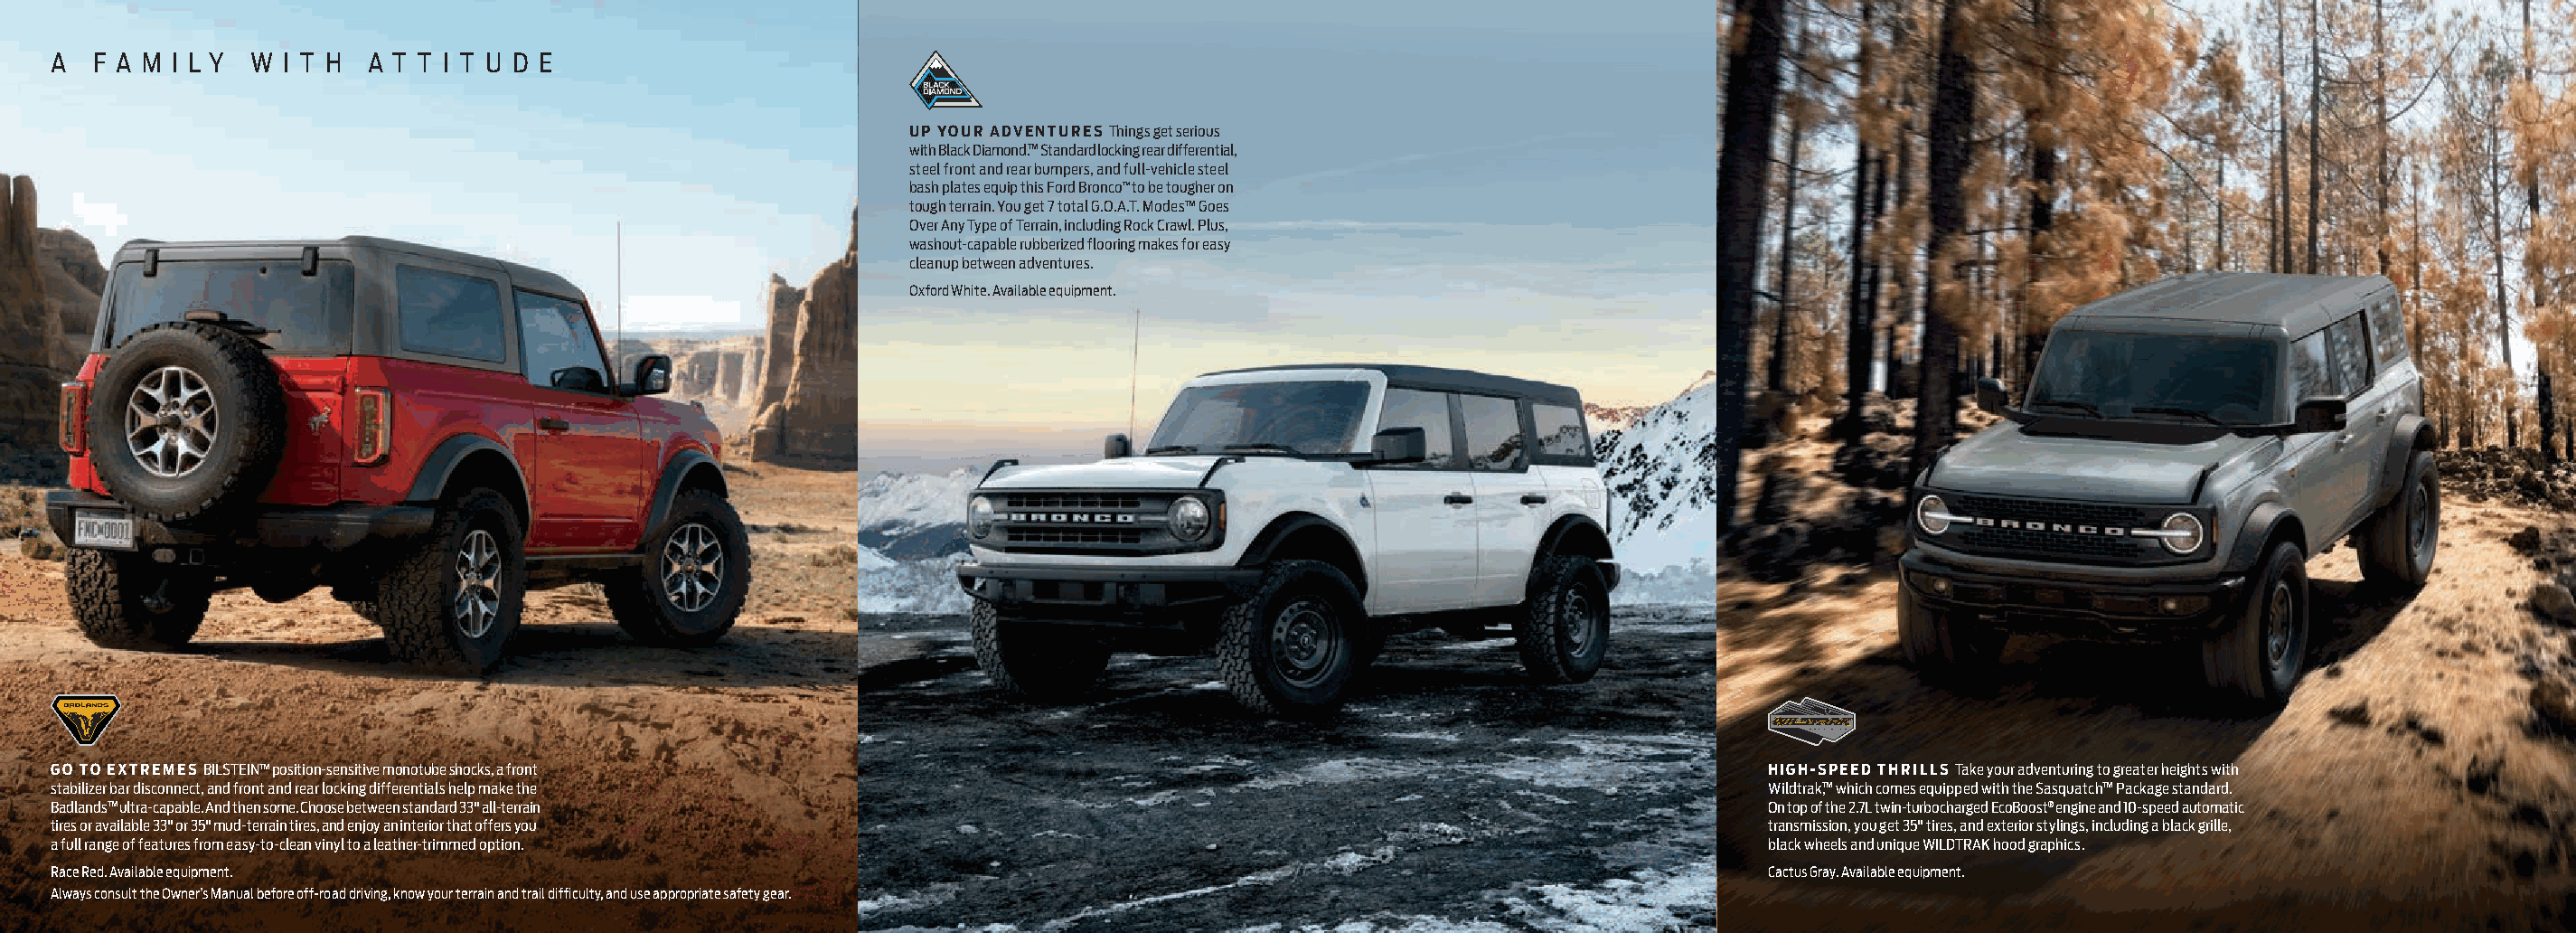
A  F A M I L Y W I T H A T T I T U D E
 UP YOUR ADVENTURES Things get serious
 with Black Diamond.™ Standard locking rear differential,
 steel front and rear bumpers, and full-vehicle steel
 bash plates equip this Ford Bronco™ to be tougher on
 tough terrain. You get 7 total G.O.A.T. Modes™ Goes
 Over Any Type of Terrain, including Rock Crawl. Plus,
 washout-capable rubberized flooring makes for easy
 cleanup between adventures.
 Oxford White. Available equipment.
 GO TO EXTREMES BILSTEIN™ position-sensitive monotube shocks, a front                                                          HIGH-SPEED THRILLS Take your adventuring to greater heights with
 stabilizer bar disconnect, and front and rear locking differentials help make the                                             Wildtrak™, which comes equipped with the Sasquatch™ Package standard.
 Badlands™ ultra-capable. And then some. Choose between standard 33" all-terrain                                               On top of the 2.7L twin-turbocharged EcoBoost® engine and 10-speed automatic
 tires or available 33" or 35" mud-terrain tires, and enjoy an interior that offers you                                        transmission, you get 35" tires, and exterior stylings, including a black grille,
 a full range of features from easy-to-clean vinyl to a leather-trimmed option.                                                black wheels and unique WILDTRAK hood graphics.
 Race Red. Available equipment.                                                                                                Cactus Gray. Available equipment.
 Always consult the Owner’s Manual before off-road driving, know your terrain and trail difficulty, and use appropriate safety gear.